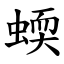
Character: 蝡